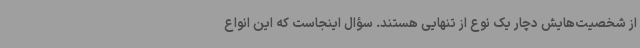
از شخصیت‌هایش دچار یک نوع از تنهایی هستند. سؤال اینجاست که این انواع